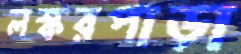
লস্করপাড়া